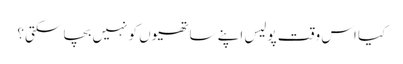
کیا اس وقت پولیس اپنے ساتھیوں کو نہیں بچا سکتی؟